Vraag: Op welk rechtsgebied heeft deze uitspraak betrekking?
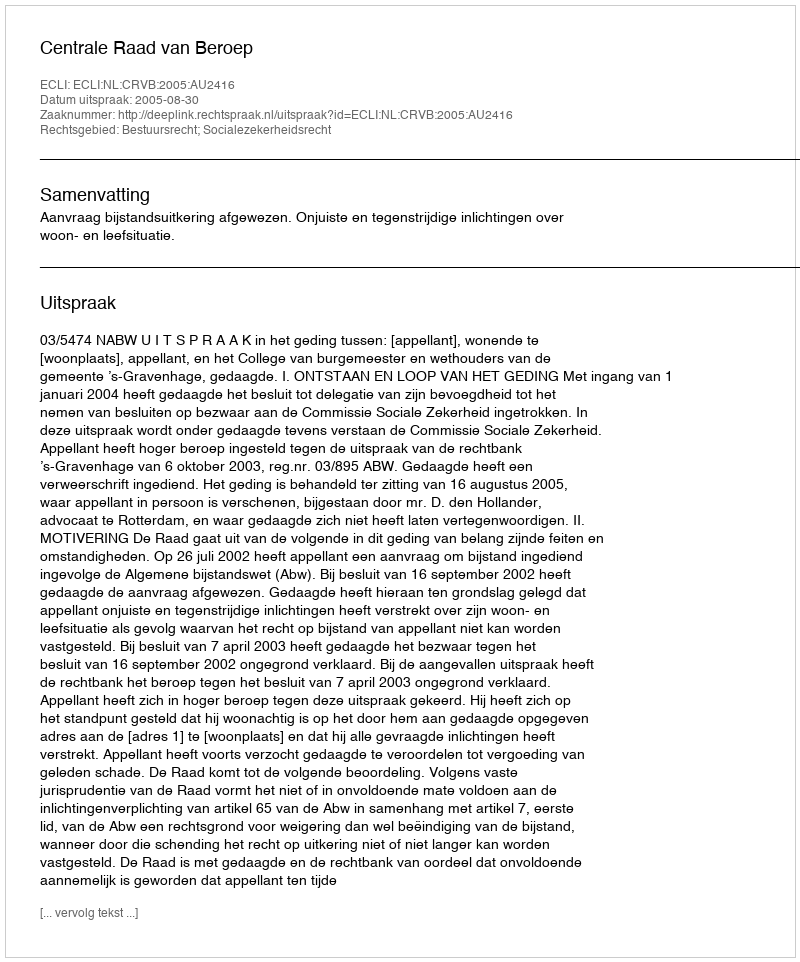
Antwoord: Bestuursrecht; Socialezekerheidsrecht